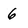
Character: 6